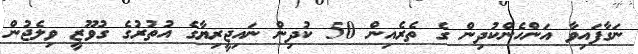
ނަގާފައިވާ އަންހެންކުދިން ގެ ތެރެއިން 50 ކުދިން ނައިޖީރިޔާގެ އުތުރުގެ ގުވޫޒީ ވިލެޖުން